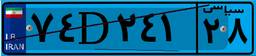
۰۸D۴۰۴۶۲